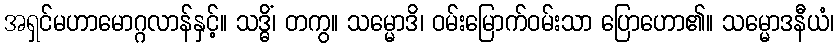
အရှင်မဟာမောဂ္ဂလာန်နှင့်။ သဒ္ဓိံ၊ တကွ။ သမ္မောဒိ၊ ဝမ်းမြောက်ဝမ်းသာ ပြောဟော၏။ သမ္မောဒနီယံ၊